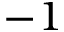
- 1